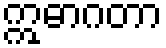
ဣဓာဂတာ